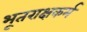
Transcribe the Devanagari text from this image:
भूतराक्षकर्म